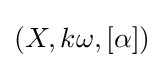
(X,k\omega ,[\alpha ])